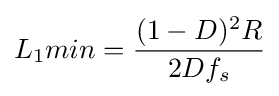
L_{1}min={\frac {(1-D)^{2}R}{2Df_{s}}}